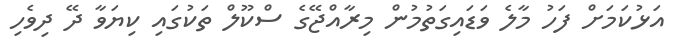
އަޅުކަމަށް ފަހު މާލެ ވަޑައިގަތުމުން މިރާއްޖޭގެ ސްކޫލް ތަކުގައި ކިޔަވާ ދޭ ދިވެހި